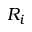
R _ { i }